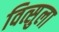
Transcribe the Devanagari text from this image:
वित्सुला